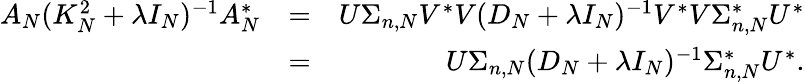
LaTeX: \begin{array}{rlr}{A_{N}(K_{N}^{2}+\lambda I_{N})^{-1}A_{N}^{*}}&{=}&{U\Sigma_{n,N}V^{*}V(D_{N}+\lambda I_{N})^{-1}V^{*}V\Sigma_{n,N}^{*}U^{*}}\\ &{=}&{U\Sigma_{n,N}(D_{N}+\lambda I_{N})^{-1}\Sigma_{n,N}^{*}U^{*}.}\end{array}